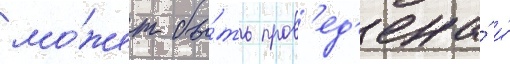
мо́жет бы́ть пров'ед'ена́ и́